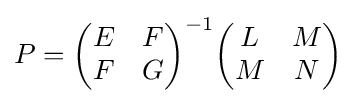
P={\begin{pmatrix}E&F\\F&G\end{pmatrix}}^{-1}{\begin{pmatrix}L&M\\M&N\end{pmatrix}}